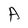
Character: A